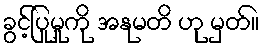
ခွင့်ပြုမှုကို အနုမတိ ဟု မှတ်။